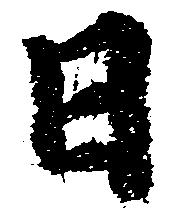
日